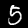
Digit: 5